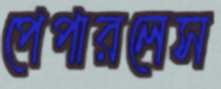
পেপারলেস